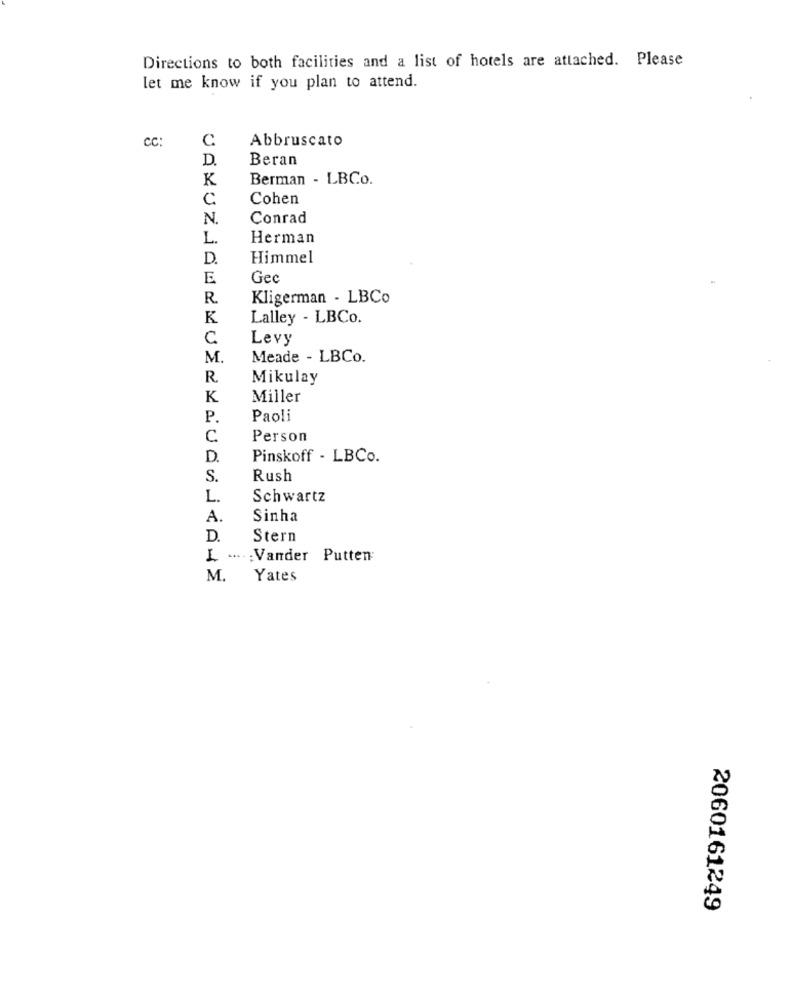
Directions to both facilities and a list of hotels are attached. Please
let me know if you plan to attend.
cc:
C
Abbruscato
D.
Beran
K
Berman - LBCo.
C
Cohen
N.
Conrad
L.
Herman
D.
Himmel
E
Gec
R.
Kligerman - LBCo
K
Lalley - LBCo.
C
Levy
M
Meade - LBCo.
Mikulay
K
Miller
P.
Paoli
C
Person
D.
Pinskoff - LBCo.
S.
Rush
L.
Schwartz
A.
Sinha
D.
Stern
L .... : Vander Putten
M
Yates
2060161249